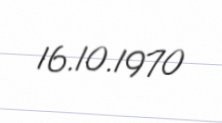
16.10.1970